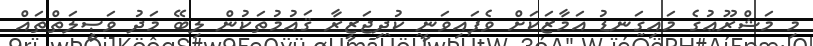
މި މަޝްރޫޢުގެ މައިގަނޑު އަމާޒަކަށް ވެފައިވަނީ ކުދިޖަޒީރާ ޤައުމުތަކުން ލިބޭ މަދު ވަޞީލަތްތައް